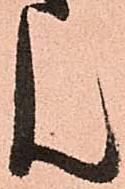
ん